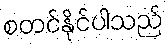
စတင်နိုင်ပါသည်